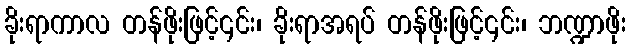
ခိုးရာကာလ တန်ဖိုးဖြင့်၎င်း၊ ခိုးရာအရပ် တန်ဖိုးဖြင့်၎င်း၊ ဘဏ္ဍာဖိုး